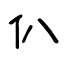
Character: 仈